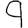
Digit: 9